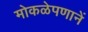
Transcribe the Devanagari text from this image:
मोकळेपणानें